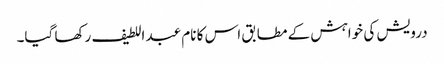
درویش کی خواہش کے مطابق اس کا نام عبد اللطیف رکھا گیا۔